Annual statistical returns and brief notes on vaccination in Bengal - 1887-1898
Year: 1887
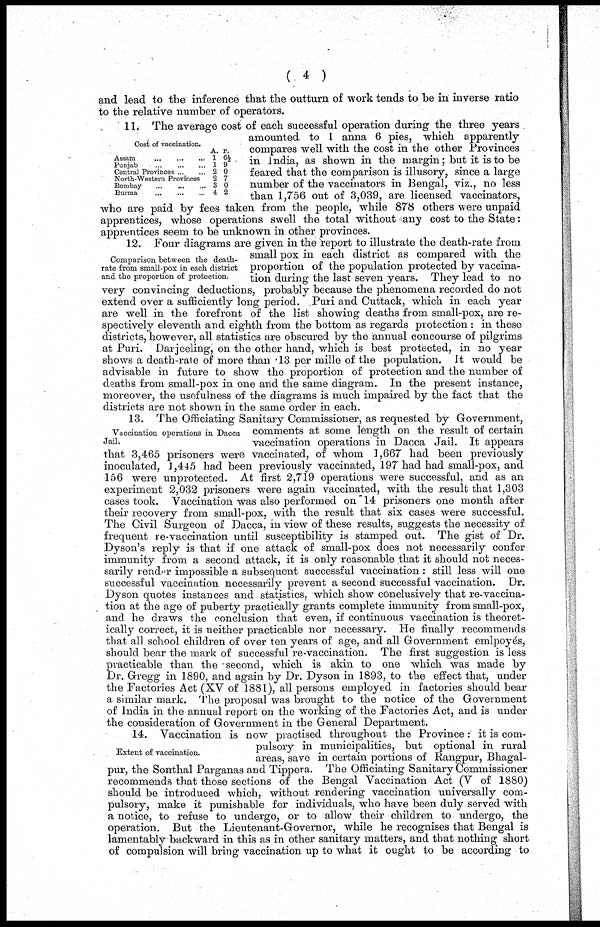
( 4 )
and lead to the inference that the outturn of work tends to be in inverse ratio
to the relative number of operators.
Cost of vaccination.
Assam
... ... ...
Punjab
...
...
...
Central Provinces... ...
North-Western Provinces
Bombay
...
...
...
Burma
...
...
...
A.
1
1
2
2
3
4
P.
6½
9
0
7
0
2
11. The average cost of each successful operation during the three years
amounted to 1 anna 6 pies, which apparently
compares well with the cost in the other Provinces
in India, as shown in the margin; but it is to be
feared that the comparison is illusory, since a large
number of the vaccinators in Bengal, viz., no less
than 1,756 out of 3,039, are licensed vaccinators,
who are paid by fees taken from the people, while 878 others were unpaid
apprentices, whose operations swell the total without any cost to the State:
apprentices seem to be unknown in other provinces.
Comparison between the death¬
rate from small-pox in each district
and the proportion of protection.
12. Four diagrams are given in the report to illustrate the death-rate from
small pox in each district as compared with the
proportion of the population protected by vaccina-
tion during the last seven years. They lead to no
very convincing deductions, probably because the phenomena recorded do not
extend over a sufficiently long period. Puri and Cuttack, which in each year
are well in the forefront of the list showing deaths from small-pox, are re-
spectively eleventh and eighth from the bottom as regards protection : in these
districts, however, all statistics are obscured by the annual concourse of pilgrims
at Puri. Darjeeling, on the other hand, which is best protected, in no year
shows a death-rate of more than 13 per mille of the population. It would be
advisable in future to show the proportion of protection and the number of
deaths from small-pox in one and the same diagram. In the present instance,
moreover, the usefulness of the diagrams is much impaired by the fact that the
districts are not shown in the same order in each.
Vaccination operations in Dacca
Jail.
13. The Officiating Sanitary Commissioner, as requested by Government,
comments at some length on the result of certain
vaccination operations in Dacca Jail. It appears
that 3,465 prisoners were vaccinated, of whom 1,667 had been previously
inoculated, 1,445 had been previously vaccinated, 197 had had small-pox, and
156 were unprotected. At first 2,719 operations were successful, and as an
experiment 2,032 prisoners were again vaccinated, with the result that 1,303
cases took. Vaccination was also performed on 14 prisoners one month after
their recovery from small-pox, with the result that six cases were successful.
The Civil Surgeon of Dacca, in view of these results, suggests the necessity of
frequent re-vaccination until susceptibility is stamped out. The gist of Dr.
Dyson's reply is that if one attack of small-pox does not necessarily confer
immunity from a second attack, it is only reasonable that it should not neces-
sarily render impossible a subsequent successful vaccination: still less will one
successful vaccination necessarily prevent a second successful vaccination. Dr.
Dyson quotes instances and statistics, which show conclusively that re-vaccina-
tion at the age of puberty practically grants complete immunity from small-pox,
and he draws the conclusion that even, if continuous vaccination is theoret-
ically correct, it is neither practicable nor necessary. He finally recommends
that all school children of over ten years of age, and all Government emlpoyés,
should bear the mark of successful re-vaccination. The first suggestion is less
practicable than the -second, which is akin to one which was made by
Dr. Gregg in 1890, and again by Dr. Dyson in 1893, to the effect that, under
the Factories Act (XV of 1881), all persons employed in factories should bear
a similar mark. The proposal was brought to the notice of the Government
of India in the annual report on the working of the Factories Act, and is under
the consideration of Government in the General Department.
Extent of vaccination.
14. Vaccination is now practised throughout the Province: it is com-
pulsory in municipalities, but optional in rural
areas, save in certain portions of Rangpur, Bhagal-
pur, the Sonthal Parganas and Tippera. The Officiating Sanitary Commissioner
recommends that those sections of the Bengal Vaccination Act (V of 1880)
should be introduced which, without rendering vaccination universally com-
pulsory, make it punishable for individuals, who have been duly served with
a notice, to refuse to undergo, or to allow their children to undergo, the
operation. But the Lieutenant-Governor, while he recognises that Bengal is
lamentably backward in this as in other sanitary matters, and that nothing short
of compulsion will bring vaccination up to what it ought to be according to